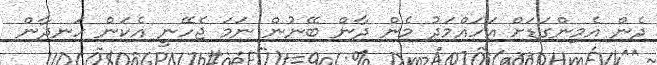
ދެން އެމިންގަޑަށް އަހައްމަދު މެން ދާން ބޭނުން ނަމަ ޖެހޭނީ އެކަން ހަނދާން